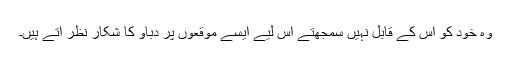
وہ خود کو اس کے قابل نہیں سمجھتے اس لیے ایسے موقعوں پر دباؤ کا شکار نظر آتے ہیں۔